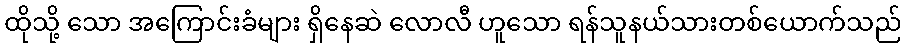
ထိုသို့ သော အကြောင်းခံများ ရှိနေဆဲ လောလီ ဟူသော ရန်သူနယ်သားတစ်ယောက်သည်